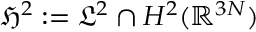
\mathfrak { H } ^ { 2 } : = \mathfrak { L } ^ { 2 } \cap H ^ { 2 } ( \mathbb { R } ^ { 3 N } )